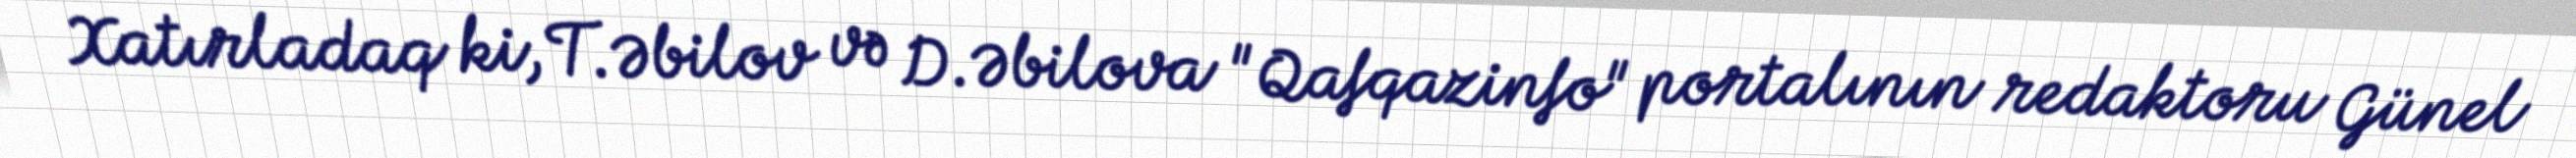
Xatırladaq ki, T.Əbilov və D.Əbilova "Qafqazinfo" portalının redaktoru Günel